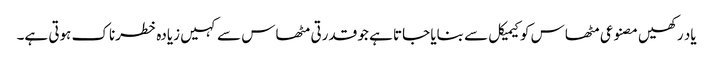
یاد رکھیں مصنوعی مٹھاس کو کیمیکل سے بنایا جاتا ہے جو قدرتی مٹھاس سے کہیں زیادہ خطرناک ہوتی ہے۔